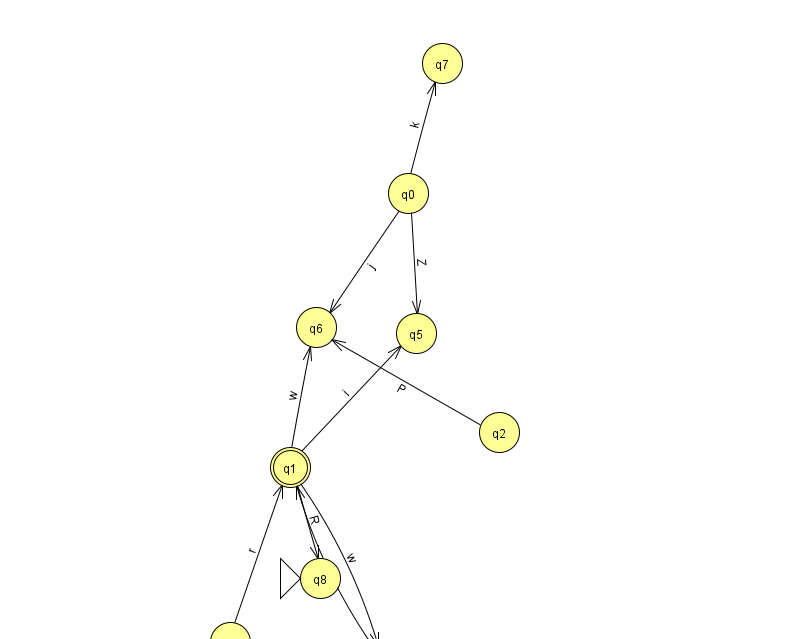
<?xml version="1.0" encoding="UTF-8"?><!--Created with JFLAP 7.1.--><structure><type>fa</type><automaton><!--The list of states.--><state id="0" name="q0"><x>408.0</x><y>180.0</y></state><state id="1" name="q1"><x>290.0</x><y>454.0</y><final/></state><state id="2" name="q2"><x>499.0</x><y>419.0</y></state><state id="3" name="q3"><x>230.0</x><y>629.0</y></state><state id="4" name="q4"><x>384.0</x><y>651.0</y></state><state id="5" name="q5"><x>416.0</x><y>320.0</y></state><state id="6" name="q6"><x>316.0</x><y>314.0</y></state><state id="7" name="q7"><x>442.0</x><y>50.0</y></state><state id="8" name="q8"><x>320.0</x><y>565.0</y><initial/></state><!--The list of transitions.--><transition><from>1</from><to>4</to><read>w</read></transition><transition><from>1</from><to>6</to><read>w</read></transition><transition><from>4</from><to>1</to><read>v</read></transition><transition><from>0</from><to>6</to><read>j</read></transition><transition><from>0</from><to>7</to><read>k</read></transition><transition><from>2</from><to>6</to><read>P</read></transition><transition><from>0</from><to>5</to><read>Z</read></transition><transition><from>1</from><to>8</to><read>R</read></transition><transition><from>3</from><to>1</to><read>r</read></transition><transition><from>3</from><to>4</to><read>s</read></transition><transition><from>1</from><to>5</to><read>i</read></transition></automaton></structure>